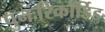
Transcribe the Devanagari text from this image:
पुनःरिकॉर्डिड